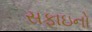
સફાઇનો